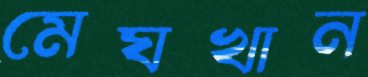
মেঘখান